Annual statistical returns and brief notes on vaccination in Bengal - 1909-1929
Year: 1909
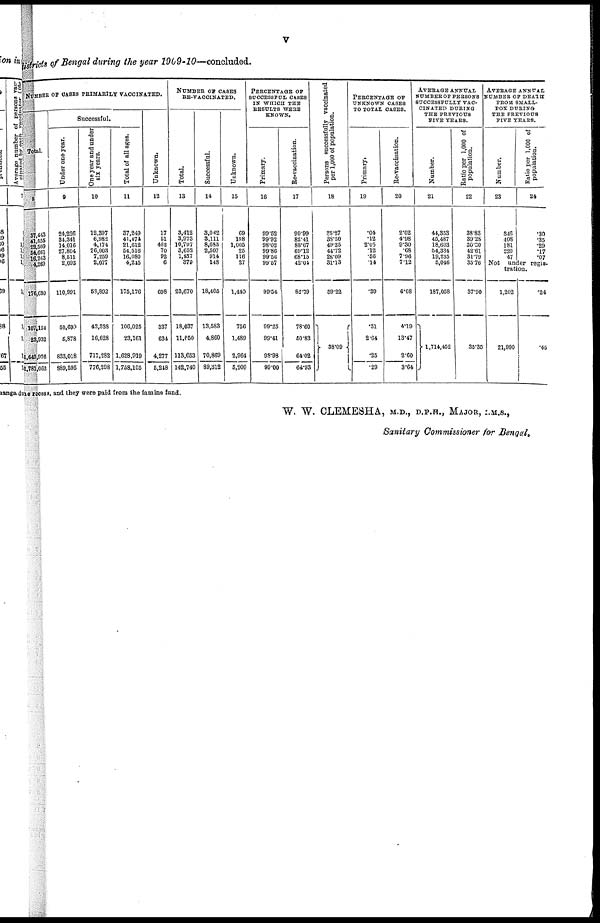
v
districis of Bengal during the year 1909-10—concluded.
NUMBER OF CASES PRIMARILY VACCINATED.
Total.
8
37,443
41,555 22,509
54,661
16,243
4,269
176,680
107,151
23,932
1,649,976
1,781,062
Successful.
Under one year.
9
24,226
34,341
14,016
27,804
8,511
2,093
110,991
50,699
5,878
833,018
889,595
One year and under
six years.
10
12,397
6,982
4,174
26,003
7,259
2,077
58,892
42,388
16,628
717,282
776,298
Total of all ages.
11
37,249
41,474
21,612
54,516
16,080
4,245
175,176
106,025
23,161
1,628,919
1,758,105
Unknown.
12
17
51
462
70
92
6
698
337
634
4,277
5,248
NUMBER OF CASES
RE-VACCINATED.
Total.
13
3,412
3,973
10,797
3,652
1,157
379
23,670
18,037
11,050
113,653
142,740
Successful.
14
3,042
3,111
8,683
2,507
914
148
18,405
13,583
4,860
70,869
89,312
Unknown.
15
69
198
1,005
25
116
27
1,440
756
1,489
2,964
5,209
PERCENTAGE OF
SUCCESSFUL CASES
IN WHICH THE
RESULTS WERE
KNOWN.
Primary.
16
99.62
99.92
98.02
99.86
99.56
99.57
99.54
99.25
99.41
98.98
99.00
Re-vaccination.
17
90.99
82.41
88.67
69.12
68.15
12.04
82.79
78.60
50.83
64.02
64.93
Persons successfully vaccinated
per 1,000 of population.
18
35.27
38.50
49.35
44.72
28.09
31.13
39.22
38.09
PERCENTAGE OF
UNKNOWN CASES
TO TOTAL CASES.
Primary.
19
.04
.12
2.05
.12
.56
.14
.39
.31
2.64
.25
.29
Re-vaccination.
20
2.02
4.98
9.30
.68
7.96
7.12
6.08
4.19
13.47
2.60
3.64
AVERAGE ANNUAL
NUMBER OF PERSONS
SUCCESSFULLY VAC-
CINATED DURING
THE PREVIOUS
FIVE YEARS.
Number.
21
41,353
45,487
18,603
54,334
19,235
5,046
187,058
1,714,452
Ratio per 1,000 of
population.
22
38.83
39.28
30.30
42.61
31.79
35.76
37.90
35.35
AVERAGE ANNUAL
NUMBER OF DEATH
FROM SMALL-
POX DURING
THE PREVIOUS
FIVE YEARS.
Number.
23
346
408
181
220
47
Ratio per 1,000 of
population.
24
.30
.35
.29
.17
.07
Not under regis-
tration.
1,202
21,990
.24
.45
done recess, and they were paid from the famine fund.
W. W. CLEMESHA, M.D., D.P.H., MAJOR, I.M.S.,
Sanitary Commissioner for Bengal.